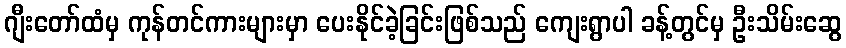
ဂျီးတော်ထံမှ ကုန်တင်ကားများမှာ ပေးနိုင်ခဲ့ခြင်းဖြစ်သည် ကျေးရွာပါ ခန့်တွင်မှ ဦးသိမ်းဆွေ